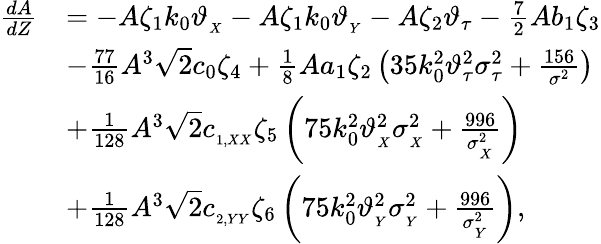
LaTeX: \begin{array}{rl}{\frac{dA}{dZ}}&{=-A\zeta_{1}k_{0}\vartheta_{_{X}}-A\zeta_{1}k_{0}\vartheta_{_{Y}}-A\zeta_{2}\vartheta_{\tau}-\frac{7}{2}Ab_{1}\zeta_{3}}\\ &{-\frac{77}{16}A^{3}\sqrt{2}c_{0}\zeta_{4}+\frac{1}{8}Aa_{1}\zeta_{2}\left(35k_{0}^{2}\vartheta_{\tau}^{2}\sigma_{\tau}^{2}+\frac{156}{\sigma^{2}}\right)}\\ &{+\frac{1}{128}A^{3}\sqrt{2}c_{_{1,XX}}\zeta_{5}\left(75k_{0}^{2}\vartheta_{_{X}}^{2}\sigma_{_X}^{2}+\frac{996}{\sigma_{_X}^{2}}\right)}\\ &{+\frac{1}{128}A^{3}\sqrt{2}c_{_{2,YY}}\zeta_{6}\left(75k_{0}^{2}\vartheta_{_{Y}}^{2}\sigma_{_Y}^{2}+\frac{996}{\sigma_{_Y}^{2}}\right),}\end{array}